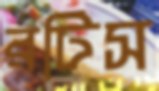
রটিস